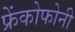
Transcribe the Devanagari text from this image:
फ्रेंकोफोनी